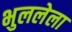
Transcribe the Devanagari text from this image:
भुललेला